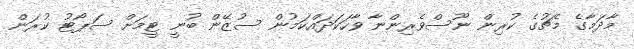
މާދަމާގެ މެޗުގެ ކުރިން ނޫސްވެރިންނާ ވާހަކަދައްކަމުން ސުޒޭން ބުނީ ޓީމަށް ސަޕޯޓު ކުރަން